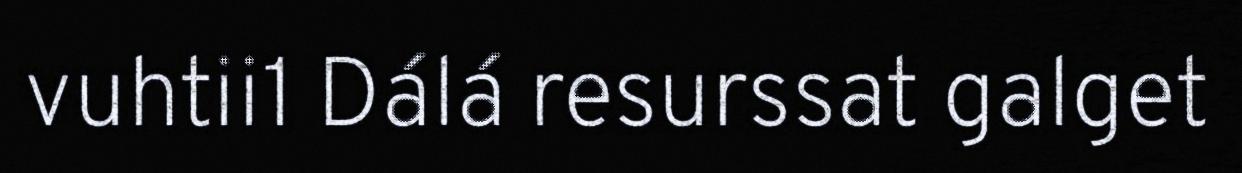
vuhtii1 Dálá resurssat galget